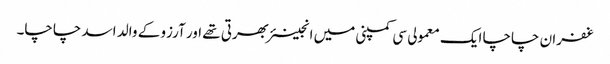
غفران چاچا ایک معمولی سی کمپنی میں انجینئر بھرتی تھے اور آرزو کے والد اسد چاچا۔